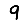
Digit: 9